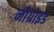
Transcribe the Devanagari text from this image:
नीग्रोइड